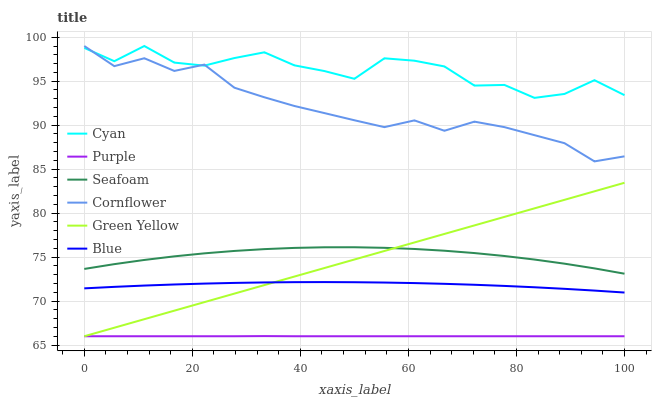
| xaxis_label | Cyan | Purple | Seafoam | Cornflower | Green Yellow | Blue |
 | --- | --- | --- | --- | --- | --- | --- |
 | 0 | 98.8 | 66 | 73.7 | 99 | 66 | 71.4 |
 | 5.56 | 97.3 | 66 | 74.2 | 96.7 | 67 | 71.6 |
 | 11.1 | 99 | 66 | 74.7 | 97.6 | 67.9 | 71.8 |
 | 16.7 | 97.1 | 66 | 75.1 | 96.2 | 68.9 | 71.9 |
 | 22.2 | 96.8 | 66 | 75.4 | 96.9 | 69.9 | 72 |
 | 27.8 | 97.6 | 66 | 75.7 | 94.3 | 70.8 | 72.1 |
 | 33.3 | 98.3 | 66 | 75.9 | 93.2 | 71.8 | 72.1 |
 | 38.9 | 96.8 | 66 | 76 | 92.2 | 72.8 | 72.2 |
 | 44.4 | 96.2 | 66 | 76.1 | 91.4 | 73.8 | 72.2 |
 | 50 | 95.3 | 66 | 76.1 | 90.6 | 74.7 | 72.1 |
 | 55.6 | 97.6 | 66 | 76.1 | 89.8 | 75.7 | 72.1 |
 | 61.1 | 97.3 | 66 | 75.9 | 90.5 | 76.7 | 72 |
 | 66.7 | 96.7 | 66 | 75.7 | 89.4 | 77.6 | 72 |
 | 72.2 | 94.5 | 66 | 75.5 | 90.4 | 78.6 | 71.9 |
 | 77.8 | 94.6 | 66 | 75.1 | 89.8 | 79.6 | 71.7 |
 | 83.3 | 93.1 | 66 | 74.7 | 88.9 | 80.5 | 71.6 |
 | 88.9 | 93.5 | 66 | 74.3 | 88 | 81.5 | 71.4 |
 | 94.4 | 95.1 | 66 | 73.7 | 85.9 | 82.5 | 71.2 |
 | 100 | 93.4 | 66 | 73.1 | 86.5 | 83.4 | 71 |